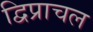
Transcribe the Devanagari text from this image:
द्विप्राचल